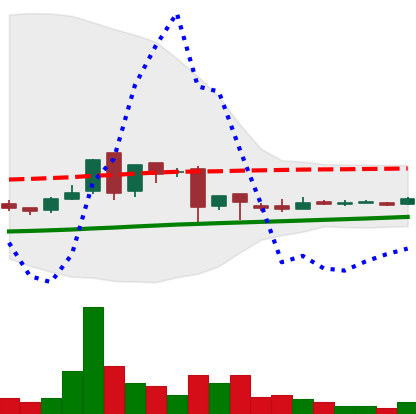
Ticker: LTC-USD
Chart end date: 2016-07-17
Forward return: -3.618%
Label: down_3_5